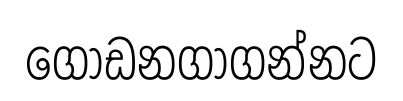
ගොඩනගාගන්නට